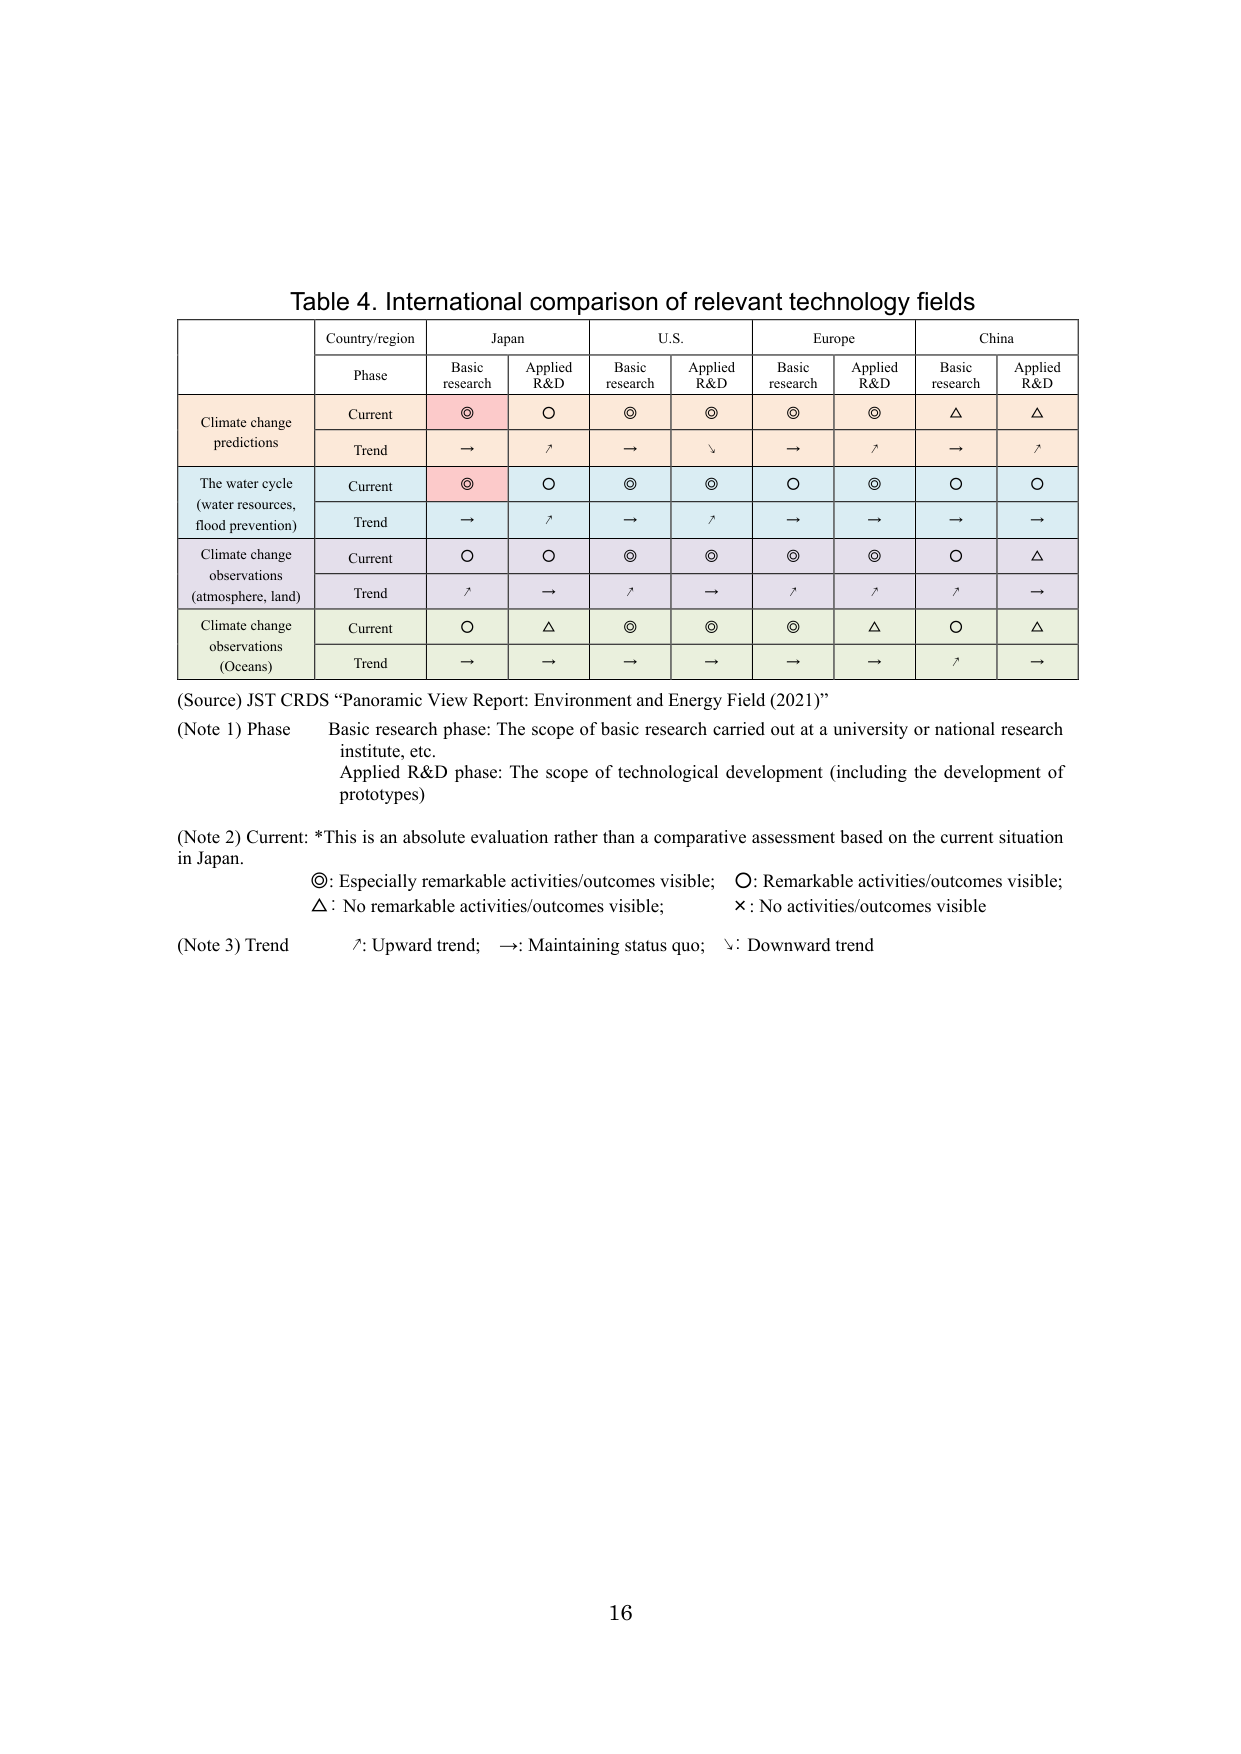
Table 4. International comparison of relevant technology fields

Country/region
Phase
Japan
U.S.
Europe
China

Basic research
Applied R&D
Basic research
Applied R&D
Basic research
Applied R&D
Basic research
Applied R&D

Climate change predictions
Current
◎
○
◎
◎
◎
◎
△
△

Trend
→
↑
→
↓
→
↑
→
↑

The water cycle (water resources, flood prevention)
Current
◎
○
◎
◎
○
◎
○
○

Trend
→
↑
→
↑
→
→
→
→

Climate change observations (atmosphere, land)
Current
○
○
◎
◎
◎
◎
○
△

Trend
↑
→
↑
→
↑
↑
↑
→

Climate change observations (Oceans)
Current
○
△
◎
◎
◎
△
○
△

Trend
→
→
→
→
→
→
↑
→

(Source) JST CRDS “Panoramic View Report: Environment and Energy Field (2021)”

(Note 1) Phase
Basic research phase: The scope of basic research carried out at a university or national research institute, etc.
Applied R&D phase: The scope of technological development (including the development of prototypes)

(Note 2) Current: *This is an absolute evaluation rather than a comparative assessment based on the current situation in Japan.
◎: Especially remarkable activities/outcomes visible; ○: Remarkable activities/outcomes visible;
△: No remarkable activities/outcomes visible; ×: No activities/outcomes visible

(Note 3) Trend
↑: Upward trend; →: Maintaining status quo; ↓: Downward trend

16